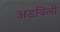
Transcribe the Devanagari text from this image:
अडविली